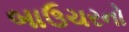
બાઉચરનો